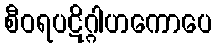
စီဝရပဋိဂ္ဂါဟကောပေ